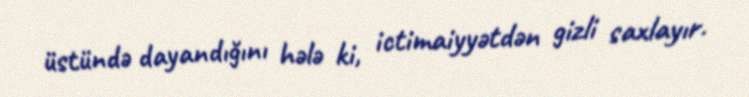
üstündə dayandığını hələ ki, ictimaiyyətdən gizli saxlayır.